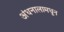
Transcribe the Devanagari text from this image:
अंधनालामधून